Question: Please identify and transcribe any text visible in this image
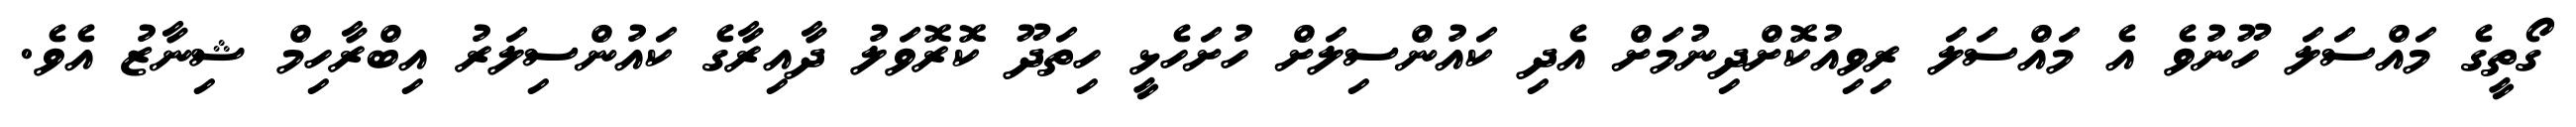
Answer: ގޯތީގެ މައްސަލަ ހޫނުވެ އެ މައްސަލަ ރިވިއުކޮށްދިނުމަށް އެދި ކައުންސިލަށް ހުށަހެޅީ ހިތަދޫ ކޮރޮވަލު ދާއިރާގެ ކައުންސިލަރު އިބްރާހިމް ޝިނާޒު އެވެ.